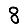
Digit: 8